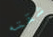
شقته